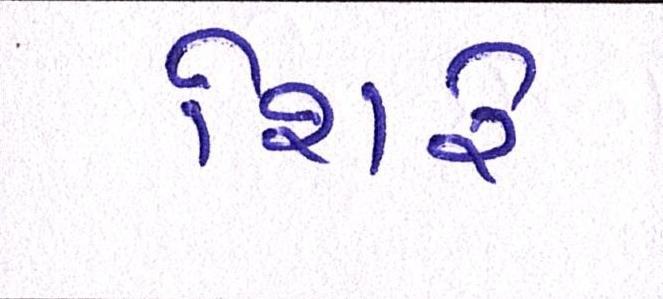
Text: શિરે